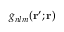
g _ { n l m } ( \mathbf { r } ^ { \prime } ; \mathbf { r } )